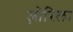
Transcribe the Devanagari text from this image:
ज़ोरिला